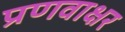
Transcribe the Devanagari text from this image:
प्रणवाक्षर